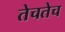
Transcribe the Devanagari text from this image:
तेचतेच